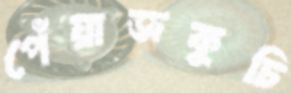
পেঁয়াজকুচি